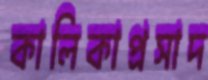
কালিকাপ্রসাদ